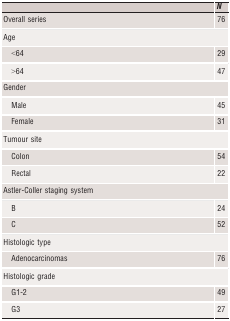
<table><thead><tr><td></td><td><b><i>N</i></b></td></tr></thead><tbody><tr><td>Overall series</td><td>76</td></tr><tr><td colspan="2">Age</td></tr><tr><td>&lt;64</td><td>29</td></tr><tr><td>&gt;64</td><td>47</td></tr><tr><td colspan="2">Gender</td></tr><tr><td>Male</td><td>45</td></tr><tr><td>Female</td><td>31</td></tr><tr><td colspan="2">Tumour site</td></tr><tr><td>Colon</td><td>54</td></tr><tr><td>Rectal</td><td>22</td></tr><tr><td colspan="2">Astler‐Coller staging system</td></tr><tr><td>B</td><td>24</td></tr><tr><td>C</td><td>52</td></tr><tr><td colspan="2">Histologic type</td></tr><tr><td>Adenocarcinomas</td><td>76</td></tr><tr><td colspan="2">Histologic grade</td></tr><tr><td>G1‐2</td><td>49</td></tr><tr><td>G3</td><td>27</td></tr></tbody></table>